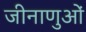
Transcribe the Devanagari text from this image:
जीनाणुओं